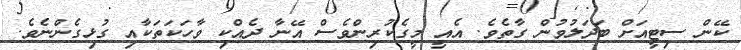
ކޭން ސިޓީއަށް ބަދަލުވުން ގާތެވެ. އެއީ މީގެކުރިންވެސް އޭނާ ދެއްކި ވާހަކަތަކާއި ގުޅިގެންނެވެ.